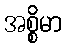
အစ္စိမာ